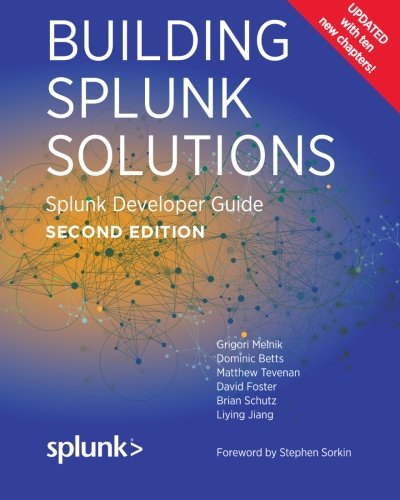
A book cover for Building Splunk Solutions (Second edition): Splunk Developer Guide; Grigori Melnik; Computers & Technology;